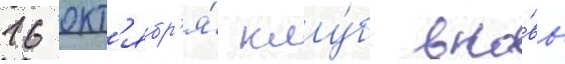
16 окт'ябр'я́ клу́б вно́вь